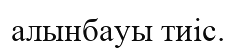
алынбауы тиіс.